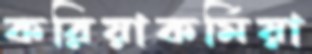
করিয়াকর্মিয়া